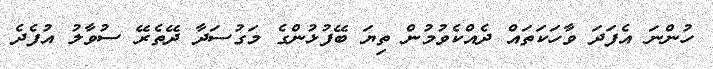
ހުންނަ އެފަދަ ވާހަކަތައް ދެއްކެވުމުން ތިޔަ ބޭފުޅުންގެ މަގުސަދާ ދޭތެރޭ ސުވާލު އުފެދެ